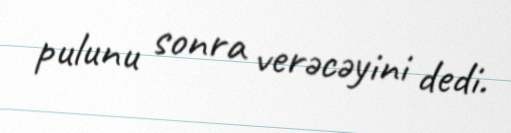
pulunu sonra verəcəyini dedi.